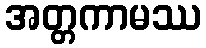
အတ္တကာမဿ